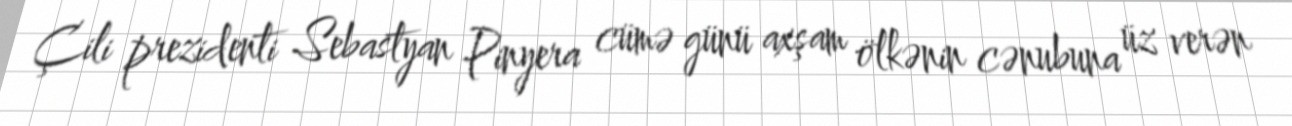
Çili prezidenti Sebastyan Pinyera cümə günü axşam ölkənin cənubuna üz verən